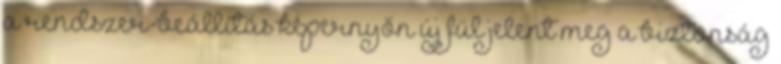
a rendszer-beállítás képernyőn új fül jelent meg a biztonság